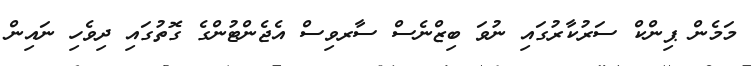
މަމެން ޕިންކް ސަރުކާރުގައި ނުވަ ބިޒްނެސް ސާރވިސް އެޖެންޓުންގެ ގޮތުގައި ދިވެހި ނައިން